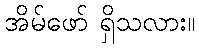
အိမ်ဖော် ရှိသလား။